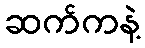
ဆက်ကနဲ့